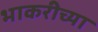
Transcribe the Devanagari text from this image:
भाकरीच्या